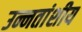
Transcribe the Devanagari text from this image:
उन्नतांशीय